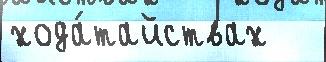
хода́тайствах